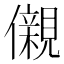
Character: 儭